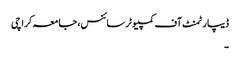
ڈیپارٹمنٹ آف کمپیوٹر سائنس، جامعہ کراچی
۔